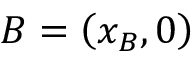
B = \left( x _ { B } , 0 \right)